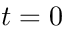
t = 0